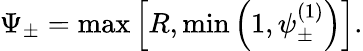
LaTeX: \Psi_{\pm}=\operatorname*{max}\left[R,\operatorname*{min}\left(1,\psi_{\pm}^{(1)}\right)\right].